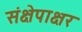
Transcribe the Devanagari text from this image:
संक्षेपाक्षर